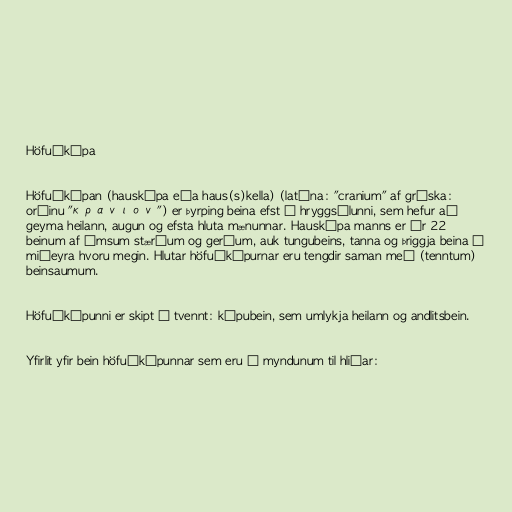
Höfuðkúpa

Höfuðkúpan (hauskúpa eða haus(s)kella) (latína: "cranium" af gríska:
orðinu "κρανιον") er þyrping beina efst á hryggsúlunni, sem hefur að
geyma heilann, augun og efsta hluta mænunnar. Hauskúpa manns er úr 22
beinum af ýmsum stærðum og gerðum, auk tungubeins, tanna og þriggja beina í
miðeyra hvoru megin. Hlutar höfuðkúpurnar eru tengdir saman með (tenntum)
beinsaumum.

Höfuðkúpunni er skipt í tvennt: kúpubein, sem umlykja heilann og andlitsbein.

Yfirlit yfir bein höfuðkúpunnar sem eru á myndunum til hliðar: